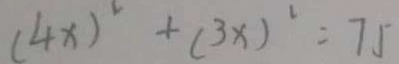
( 4 x ) ^ { 2 } + ( 3 x ) ^ { 2 } = 7 5